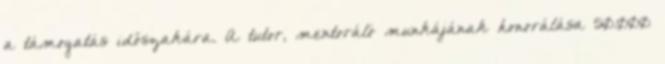
a támogatás időszakára. A tutor, mentoráló munkájának honorálása 50.000